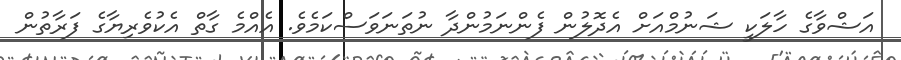
އަޝްވާގެ ހާލަކީ ޝަނުމްއަށް އެދޮލުން ފެންނަމުންދާ ނުތަނަވަސްކަމެވެ. އެއްމެ ގާތް އެކުވެރިޔާގެ ފަރާތުން